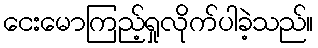
ငေးမောကြည့်ရှုလိုက်ပါခဲ့သည်။